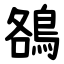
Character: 鵅